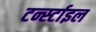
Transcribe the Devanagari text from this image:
टर्न्स्टाइल